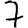
Digit: 7